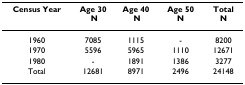
<table><thead><tr><td><b>Census Year</b></td><td><b>Age 30 N</b></td><td><b>Age 40 N</b></td><td><b>Age 50 N</b></td><td><b>Total N</b></td></tr></thead><tbody><tr><td>1960</td><td>7085</td><td>1115</td><td>-</td><td>8200</td></tr><tr><td>1970</td><td>5596</td><td>5965</td><td>1110</td><td>12671</td></tr><tr><td>1980</td><td>-</td><td>1891</td><td>1386</td><td>3277</td></tr><tr><td>Total</td><td>12681</td><td>8971</td><td>2496</td><td>24148</td></tr></tbody></table>